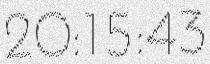
20:15:43